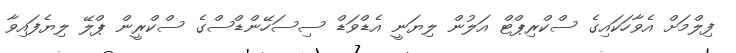
ފިލްމަށް އެވާހަކައިގެ ސްކްރިޕްޓް އަލުން ލިޔަނީ އެޑްވަޑް ސިސަހޭންޑްސްގެ ސްކްރީން ޕްލޭ ލިޔެފައިވާ